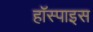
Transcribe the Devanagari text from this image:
हॉस्पाइस